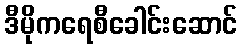
ဒီမိုကရေစီခေါင်းဆောင်